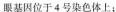
眼基因位于4号染色体上；